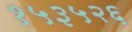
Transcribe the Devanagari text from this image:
१५३५२६